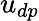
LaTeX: u_{dp}